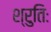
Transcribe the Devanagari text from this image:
श्रुतिः